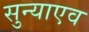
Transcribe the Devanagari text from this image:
सुन्याएव